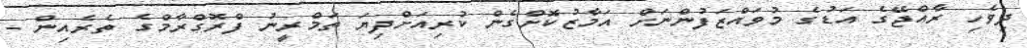
ދިވެހި ރާއްޖޭގެ އަޑުގެ މުވައްޒަފުންނަށް އަމާޒުކޮށްގެން ކުރިއަށްދިޔަ ތަމްރީނު ފްރޮގްރާމްގެ ތެރެއިން -